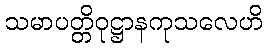
သမာပတ္တိဝုဋ္ဌာနကုသလေဟိ